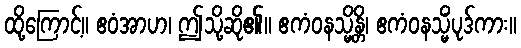
ထို့ကြောင့်။ ဧဝံအာဟ၊ ဤသို့ဆို၏။ ဧကံဝနသ္မိန္တိ၊ ဧကံဝနသ္မိံပုဒ်ကား။